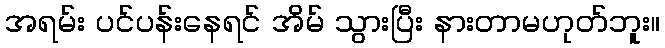
အရမ်း ပင်ပန်းနေရင် အိမ် သွားပြီး နားတာမဟုတ်ဘူး။